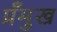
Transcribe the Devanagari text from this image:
प्रँमुख